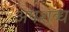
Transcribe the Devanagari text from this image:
अपशब्ध